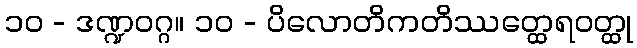
၁၀ - ဒဏ္ဍဝဂ္ဂ။ ၁၀ - ပိလောတိကတိဿတ္ထေရဝတ္ထု